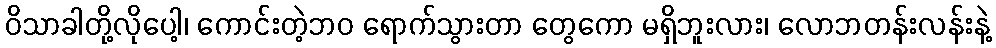
ဝိသာခါတို့လိုပေါ့၊ ကောင်းတဲ့ဘဝ ရောက်သွားတာ တွေကော မရှိဘူးလား၊ လောဘတန်းလန်းနဲ့